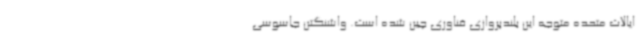
ایالات متحده متوجه این بلندپروازی فناوری چین شده است. واشنگتن جاسوسی